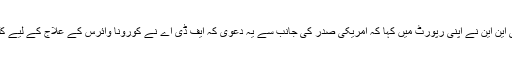
دوسری جانب امریکی نشریاتی ادارے سی این این نے اپنی رپورٹ میں کہا کہ امریکی صدر کی جانب سے یہ دعویٰ کہ ایف ڈی اے نے کورونا وائرس کے علاج کے لیے کلوروکوئن کی منظوری دے دی، غلط ہے۔